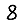
Digit: 8